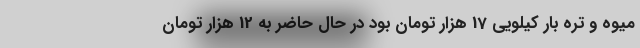
میوه و تره بار کیلویی 17 هزار تومان بود در حال حاضر به 12 هزار تومان